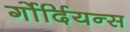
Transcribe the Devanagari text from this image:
र्गोर्दियन्स